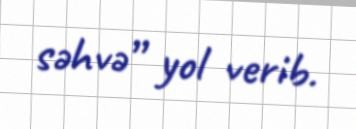
səhvə” yol verib.